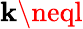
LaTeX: \mathbf{k}\neql